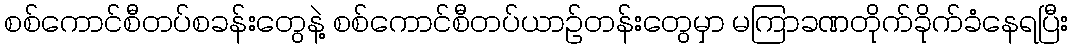
စစ်ကောင်စီတပ်စခန်းတွေနဲ့ စစ်ကောင်စီတပ်ယာဥ်တန်းတွေမှာ မကြာခဏတိုက်ခိုက်ခံနေရပြီး